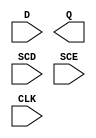
module sky130_fd_sc_hdll__sdfxtp (
    //# {{data|Data Signals}}
    input  D  ,
    output Q  ,

    //# {{scanchain|Scan Chain}}
    input  SCD,
    input  SCE,

    //# {{clocks|Clocking}}
    input  CLK
);

    // Voltage supply signals
    supply1 VPWR;
    supply0 VGND;
    supply1 VPB ;
    supply0 VNB ;

endmodule